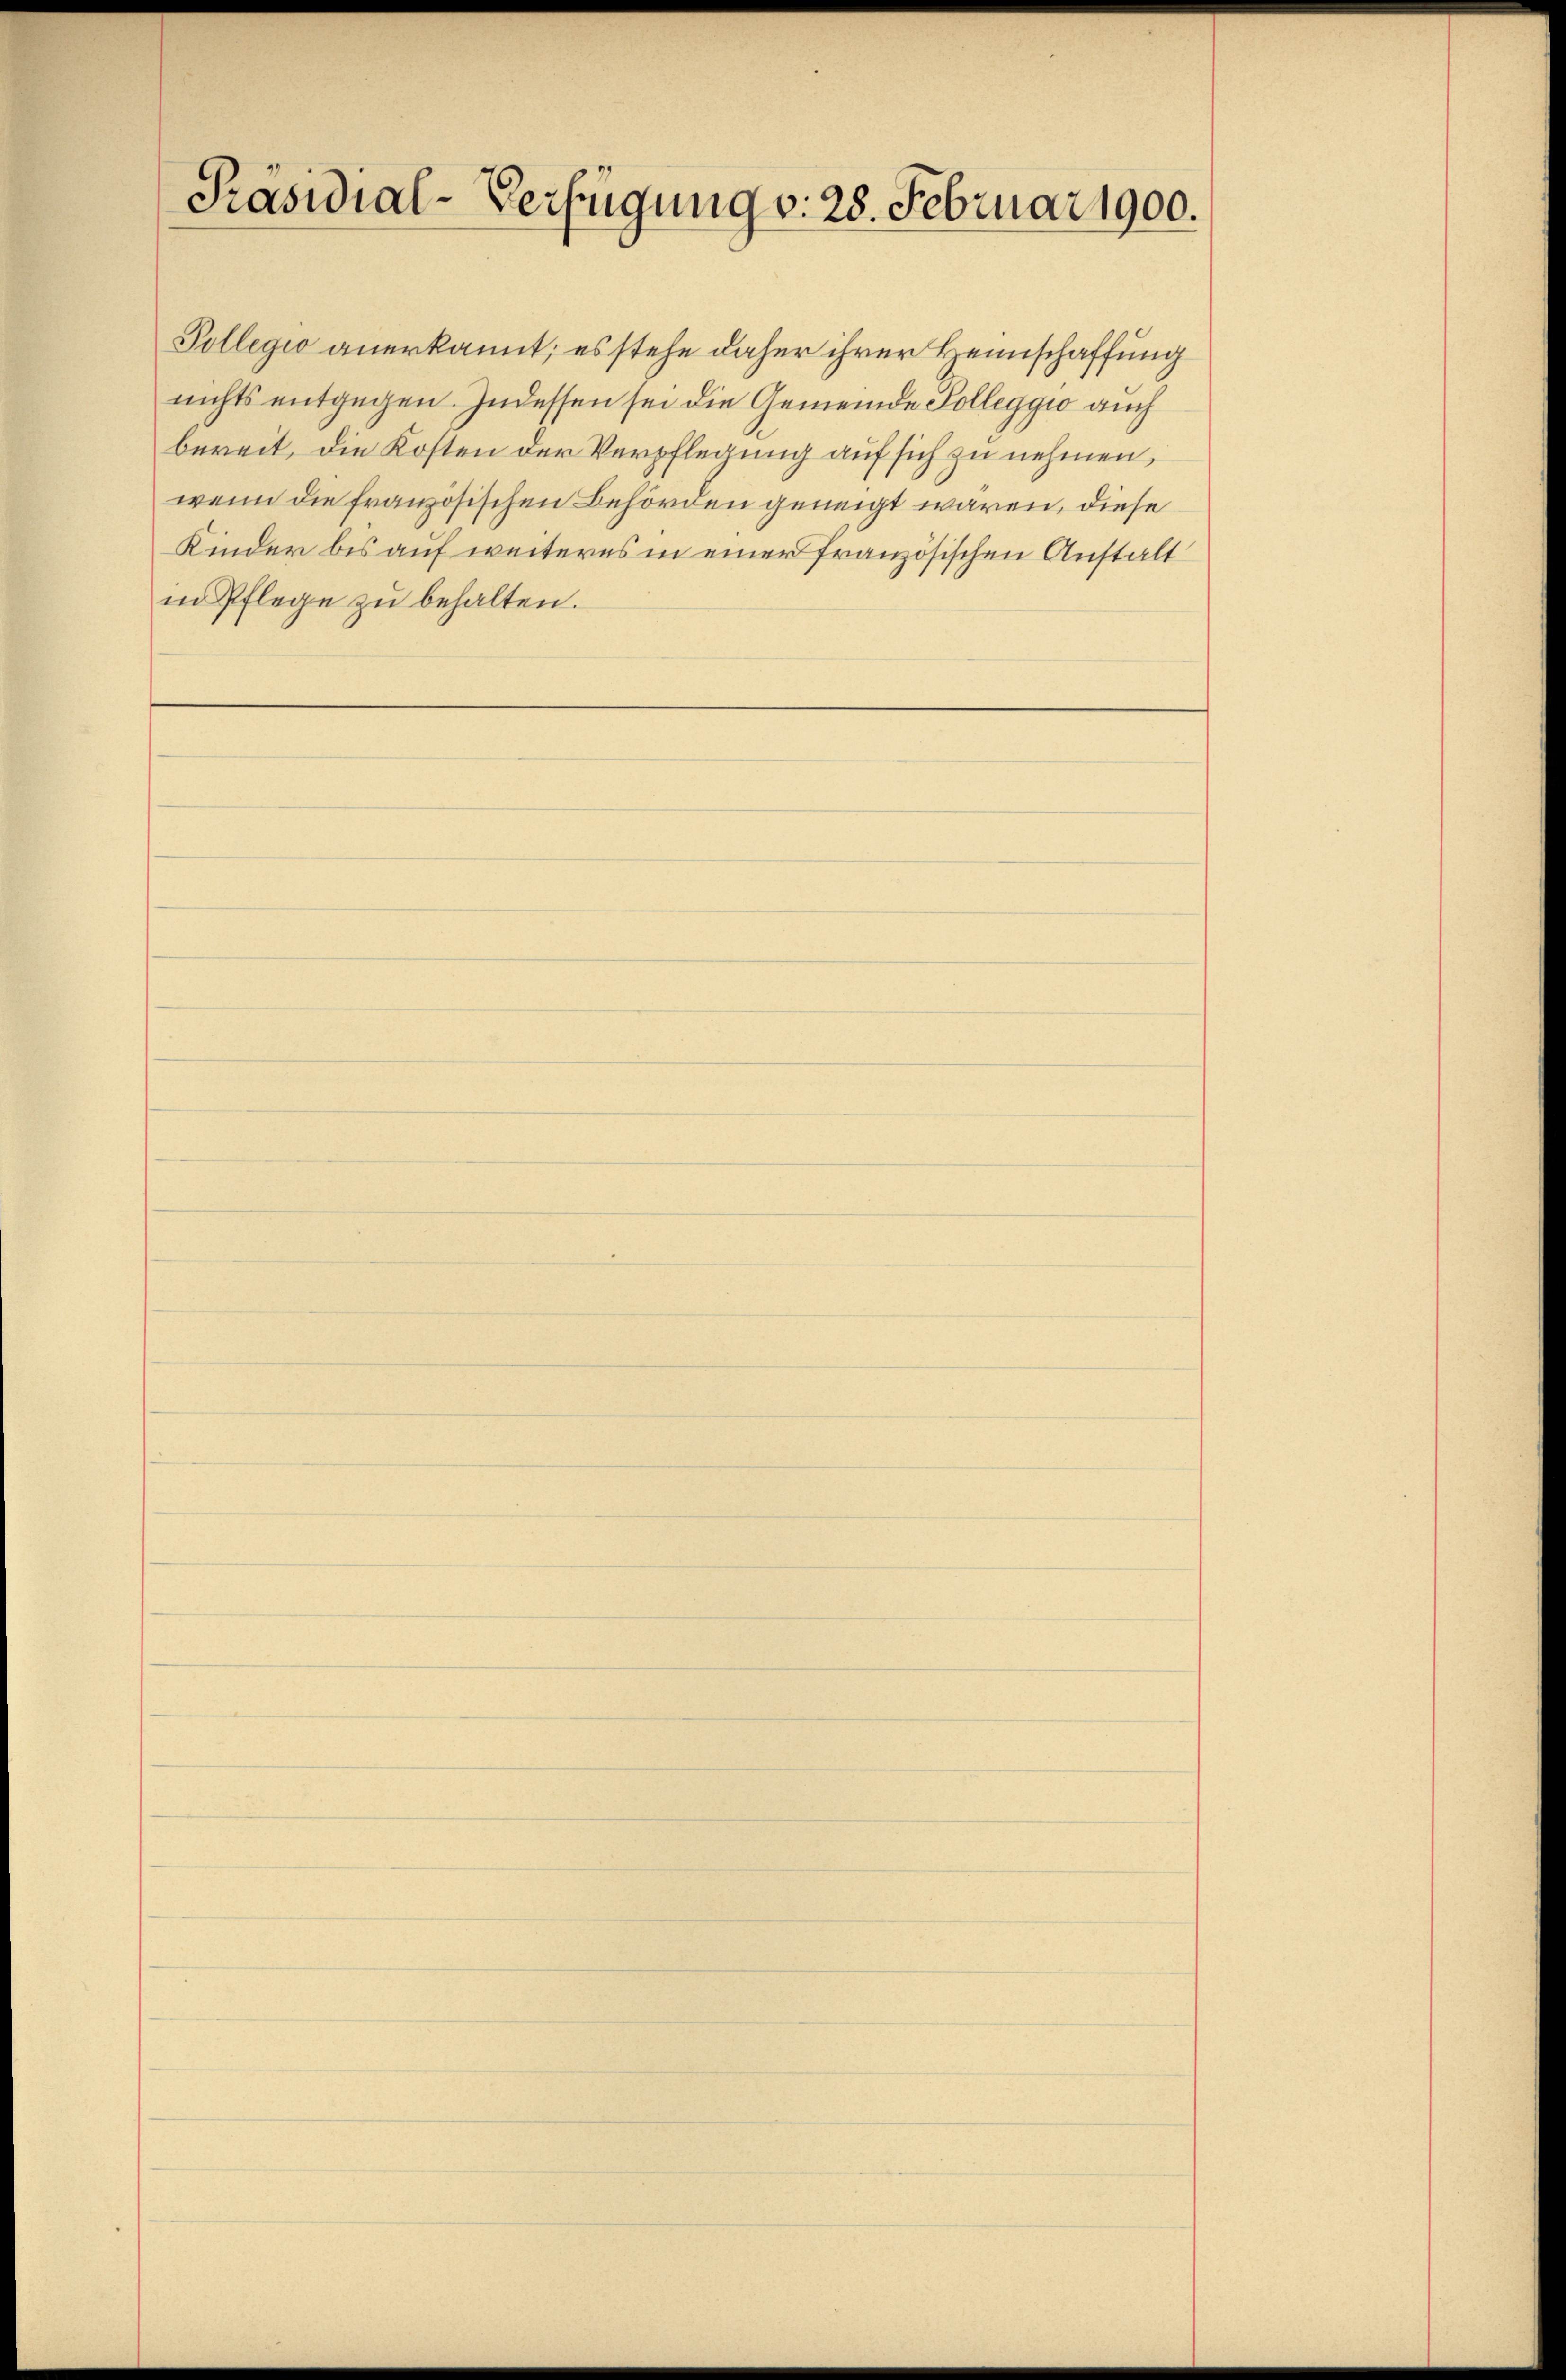
Präsidial-Verfügung v. 28. Februar 1900.

Pollegio anerkannt; es stehe daher ihrer Heimschaffung
nichts entgegen. Indessen sei die Gemeinde Kolleggio auch
bereit, die Kosten der Verpflegung auf sich zu nehmen,
wenn die französischen Behörden geneigt waren, diese
Kinder bis auf weiteres in einer französischen Anstalt
in Pflege zŭ behalten.